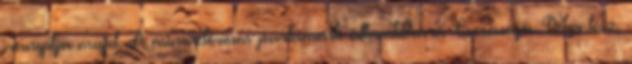
irányítja majd. A minisztérium parlamenti államtitkára Cseresnyés Péter lesz,